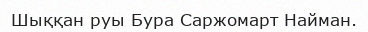
Шыққан руы Бура Саржомарт Найман.